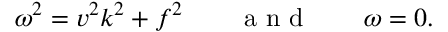
\omega ^ { 2 } = v ^ { 2 } k ^ { 2 } + f ^ { 2 } \qquad \mathrm { ~ a ~ n ~ d ~ } \qquad \omega = 0 .